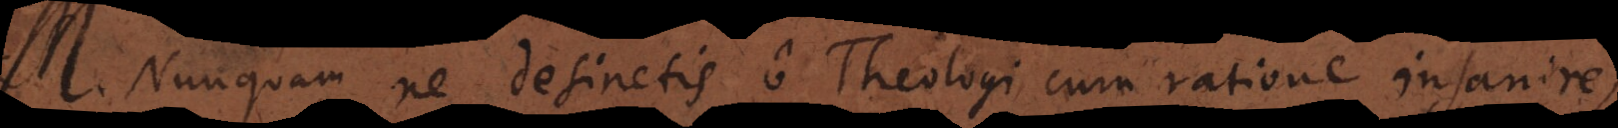
. Nunquam ne desinetis o Theologi cum ratione insanire,